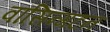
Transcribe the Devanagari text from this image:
वॉसिन्गटन